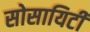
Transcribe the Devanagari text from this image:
सोसायिटी